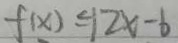
f ( x ) \leq 1 2 x - 6